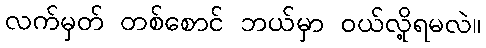
လက်မှတ် တစ်စောင် ဘယ်မှာ ဝယ်လို့ရမလဲ။